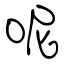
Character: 呢